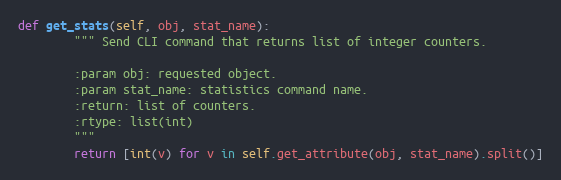
Language: Python
def get_stats(self, obj, stat_name):
        """ Send CLI command that returns list of integer counters.

        :param obj: requested object.
        :param stat_name: statistics command name.
        :return: list of counters.
        :rtype: list(int)
        """
        return [int(v) for v in self.get_attribute(obj, stat_name).split()]